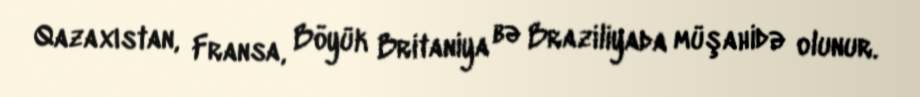
Qazaxıstan, Fransa, Böyük Britaniya bə Braziliyada müşahidə olunur.